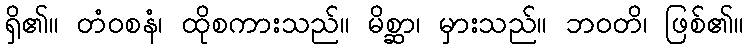
ရှိ၏။ တံဝစနံ၊ ထိုစကားသည်။ မိစ္ဆာ၊ မှားသည်။ ဘဝတိ၊ ဖြစ်၏။